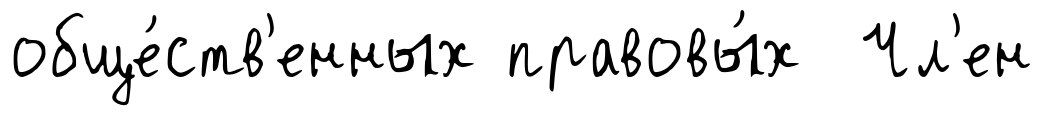
обще́ств'енных правовы́х Чл'ен